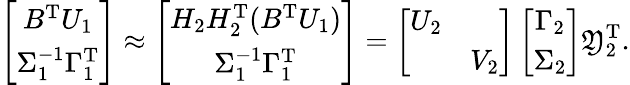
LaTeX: \left[\begin{array}{c}{B^{\mathrm{T}}U_{1}}\\ {\Sigma_{1}^{-1}\Gamma_{1}^{\mathrm T}}\end{array}\right]\approx\left[\begin{array}{c}{H_{2}H_{2}^{\mathrm{T}}(B^{\mathrm{T}}U_{1})}\\ {\Sigma_{1}^{-1}\Gamma_{1}^{\mathrm T}}\end{array}\right]=\left[\begin{array}{ll}{U_{2}}&\\ &{V_{2}}\end{array}\right]\left[\begin{array}{c}{\Gamma_{2}}\\ {\Sigma_{2}}\end{array}\right]\mathfrak{Y}_{2}^{\mathrm{{T}}}.